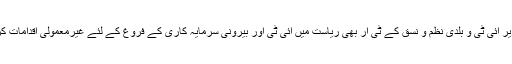
ریاستی وزیر آئی ٹی و بلدی نظم و نسق کے ٹی آر بھی ریاست میں آئی ٹی اور بیرونی سرمایہ کاری کے فروغ کے لئے غیرمعمولی اقدامات کررہے ہیں۔